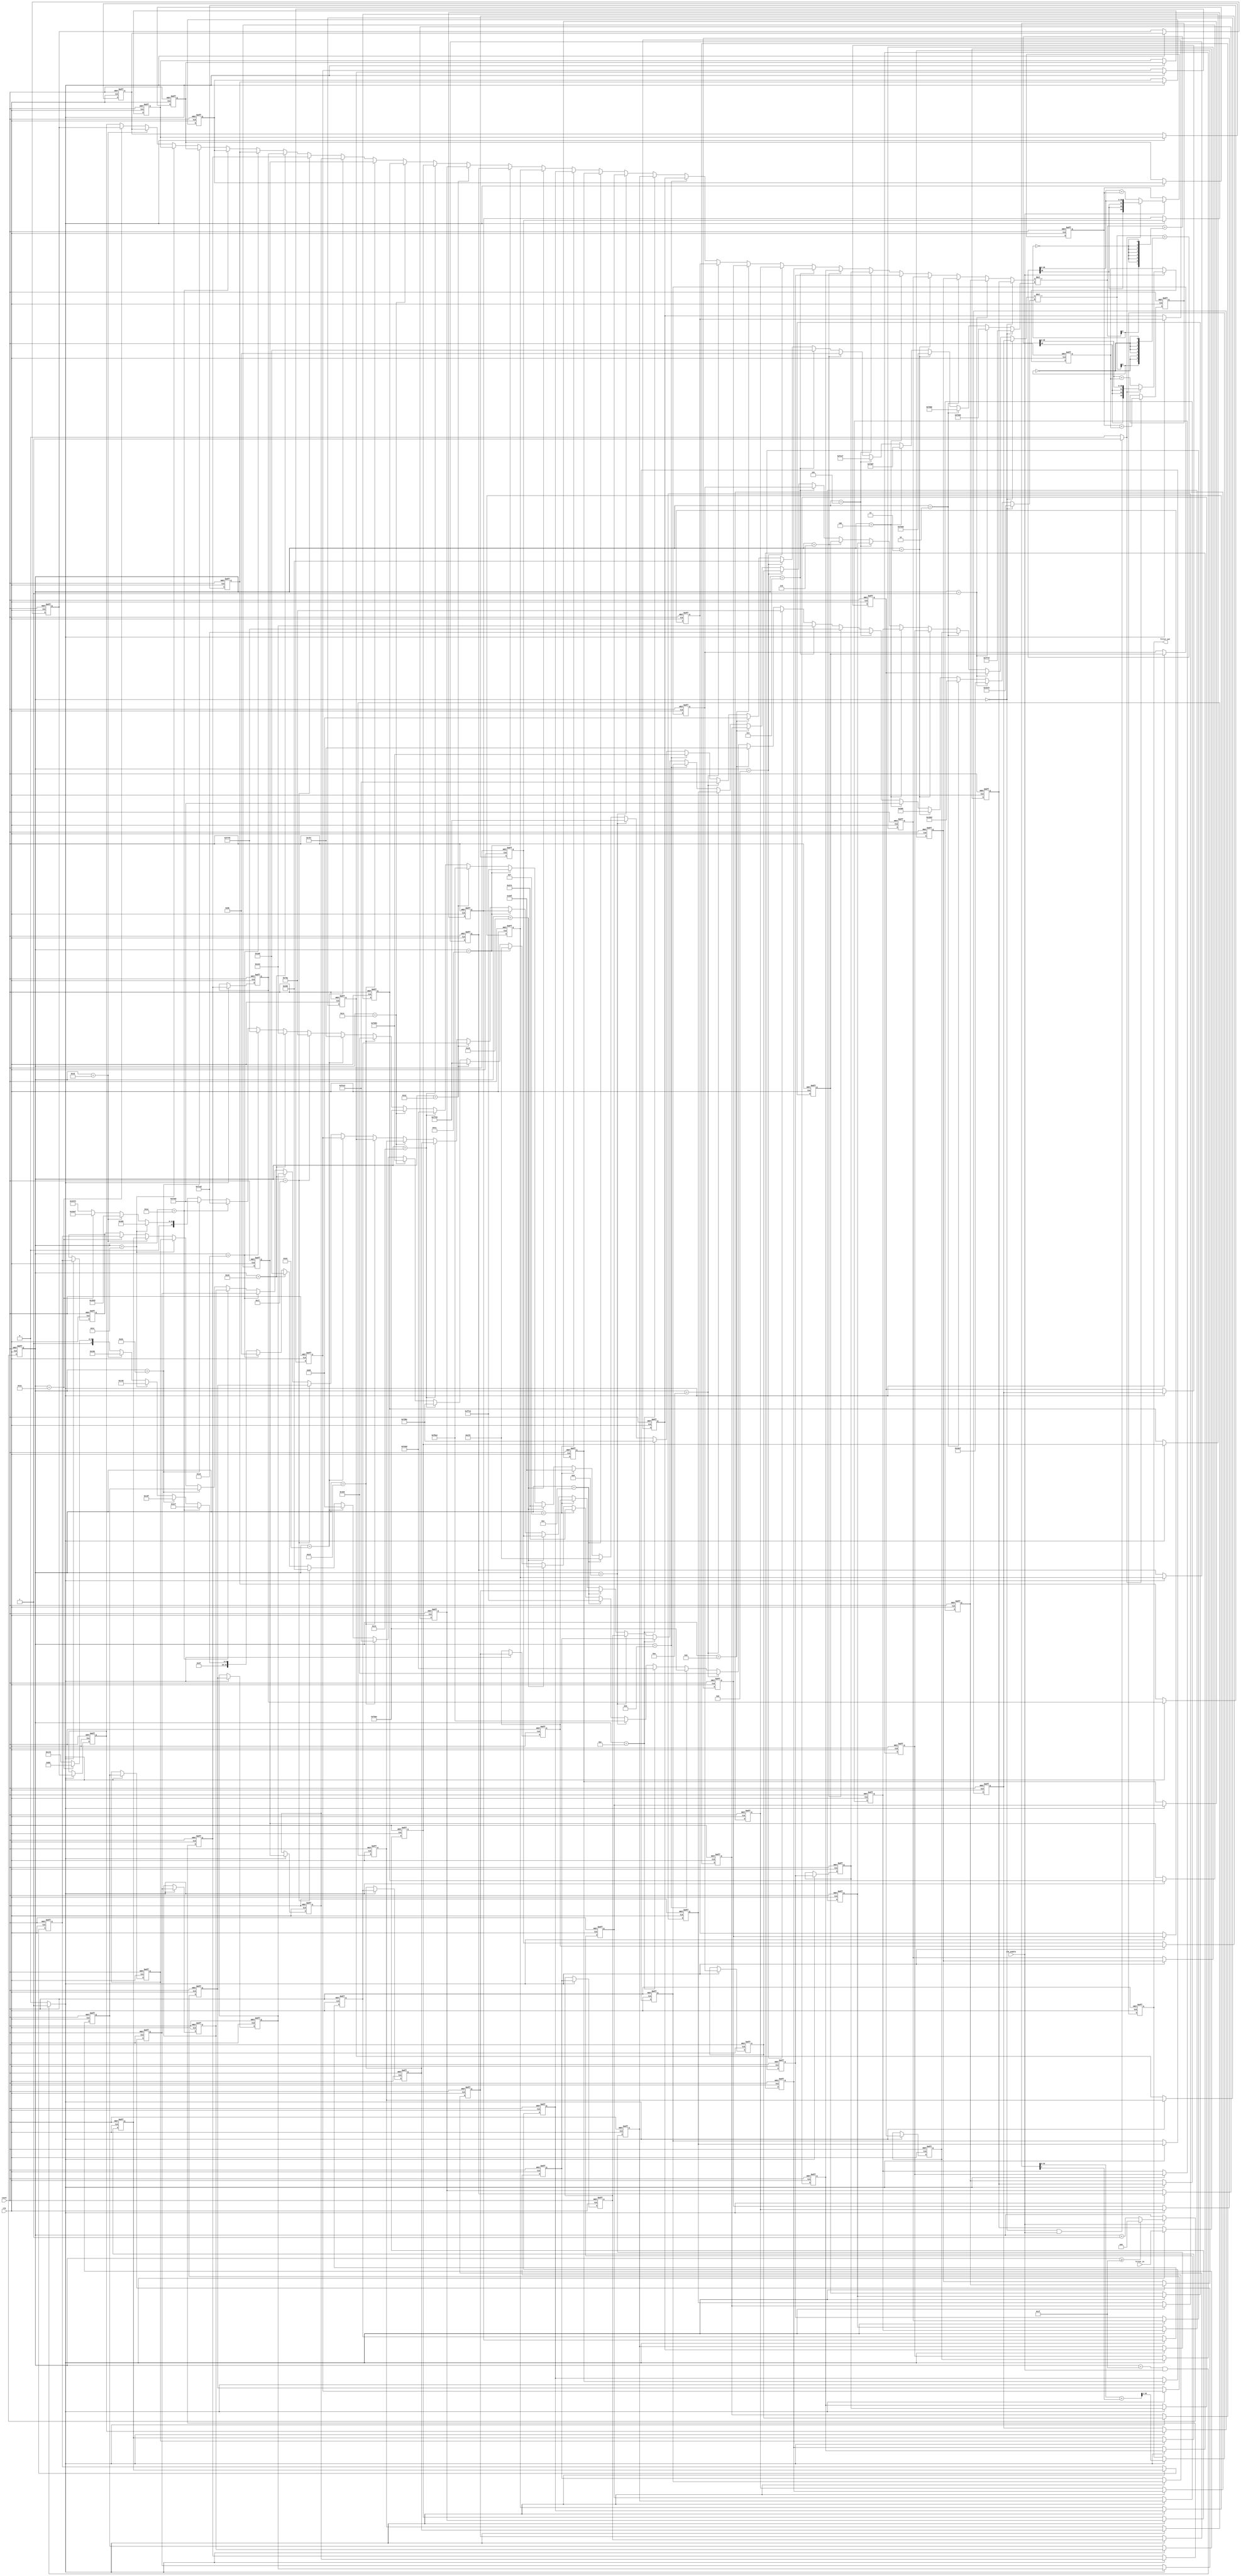
// -------------------------------------------------------------
//
// Module: filter
// Generated by MATLAB(R) 9.5 and Filter Design HDL Coder 3.1.4.
// Generated on: 2022-11-29 16:48:32
// -------------------------------------------------------------

// -------------------------------------------------------------
// HDL Code Generation Options:
//
// TargetDirectory: FIR_Filter_partly_Serial_FPGA_Lab3
// SerialPartition: [32  32]
// TargetLanguage: Verilog
// TestBenchStimulus: 
// TestBenchUserStimulus:  User data, length 240745
// ErrorMargin: 0

// -------------------------------------------------------------
// HDL Implementation    : Partly Serial
// Folding Factor        : 32
// -------------------------------------------------------------
// Filter Settings:
//
// Discrete-Time FIR Filter (real)
// -------------------------------
// Filter Structure  : Direct-Form FIR
// Filter Length     : 64
// Stable            : Yes
// Linear Phase      : Yes (Type 2)
// Arithmetic        : fixed
// Numerator         : s16,16 -> [-5.000000e-01 5.000000e-01)
// Input             : s24,23 -> [-1 1)
// Filter Internals  : Specify Precision
//   Output          : s32,30 -> [-2 2)
//   Product         : s31,31 -> [-5.000000e-01 5.000000e-01)
//   Accumulator     : s34,31 -> [-4 4)
//   Round Mode      : convergent
//   Overflow Mode   : wrap
// -------------------------------------------------------------




`timescale 1 ns / 1 ns

module filter
               (
                clk,
                clk_enable,
                reset,
                filter_in,
                filter_out
                );

  input   clk; 
  input   clk_enable; 
  input   reset; 
  input   signed [23:0] filter_in; //sfix24_En23
  output  signed [31:0] filter_out; //sfix32_En30

////////////////////////////////////////////////////////////////
//Module Architecture: filter
////////////////////////////////////////////////////////////////
  // Local Functions
  // Type Definitions
  // Constants
  parameter signed [15:0] coeff1 = 16'b1111111101111101; //sfix16_En16
  parameter signed [15:0] coeff2 = 16'b1111111010110101; //sfix16_En16
  parameter signed [15:0] coeff3 = 16'b1111110111011110; //sfix16_En16
  parameter signed [15:0] coeff4 = 16'b1111110101001101; //sfix16_En16
  parameter signed [15:0] coeff5 = 16'b1111110110011111; //sfix16_En16
  parameter signed [15:0] coeff6 = 16'b1111111011001111; //sfix16_En16
  parameter signed [15:0] coeff7 = 16'b0000000010001011; //sfix16_En16
  parameter signed [15:0] coeff8 = 16'b0000000111011001; //sfix16_En16
  parameter signed [15:0] coeff9 = 16'b0000001000000000; //sfix16_En16
  parameter signed [15:0] coeff10 = 16'b0000000010110101; //sfix16_En16
  parameter signed [15:0] coeff11 = 16'b1111111011000010; //sfix16_En16
  parameter signed [15:0] coeff12 = 16'b1111110101100011; //sfix16_En16
  parameter signed [15:0] coeff13 = 16'b1111110110111110; //sfix16_En16
  parameter signed [15:0] coeff14 = 16'b1111111111010011; //sfix16_En16
  parameter signed [15:0] coeff15 = 16'b0000001001110101; //sfix16_En16
  parameter signed [15:0] coeff16 = 16'b0000001110111111; //sfix16_En16
  parameter signed [15:0] coeff17 = 16'b0000001001111110; //sfix16_En16
  parameter signed [15:0] coeff18 = 16'b1111111100010011; //sfix16_En16
  parameter signed [15:0] coeff19 = 16'b1111101110100011; //sfix16_En16
  parameter signed [15:0] coeff20 = 16'b1111101010111101; //sfix16_En16
  parameter signed [15:0] coeff21 = 16'b1111110110101110; //sfix16_En16
  parameter signed [15:0] coeff22 = 16'b0000001100100000; //sfix16_En16
  parameter signed [15:0] coeff23 = 16'b0000011110010111; //sfix16_En16
  parameter signed [15:0] coeff24 = 16'b0000011101011010; //sfix16_En16
  parameter signed [15:0] coeff25 = 16'b0000000100110100; //sfix16_En16
  parameter signed [15:0] coeff26 = 16'b1111011111110000; //sfix16_En16
  parameter signed [15:0] coeff27 = 16'b1111000110100010; //sfix16_En16
  parameter signed [15:0] coeff28 = 16'b1111010010010011; //sfix16_En16
  parameter signed [15:0] coeff29 = 16'b0000001110000110; //sfix16_En16
  parameter signed [15:0] coeff30 = 16'b0001101101100010; //sfix16_En16
  parameter signed [15:0] coeff31 = 16'b0011001111101111; //sfix16_En16
  parameter signed [15:0] coeff32 = 16'b0100001101110101; //sfix16_En16
  parameter signed [15:0] coeff33 = 16'b0100001101110101; //sfix16_En16
  parameter signed [15:0] coeff34 = 16'b0011001111101111; //sfix16_En16
  parameter signed [15:0] coeff35 = 16'b0001101101100010; //sfix16_En16
  parameter signed [15:0] coeff36 = 16'b0000001110000110; //sfix16_En16
  parameter signed [15:0] coeff37 = 16'b1111010010010011; //sfix16_En16
  parameter signed [15:0] coeff38 = 16'b1111000110100010; //sfix16_En16
  parameter signed [15:0] coeff39 = 16'b1111011111110000; //sfix16_En16
  parameter signed [15:0] coeff40 = 16'b0000000100110100; //sfix16_En16
  parameter signed [15:0] coeff41 = 16'b0000011101011010; //sfix16_En16
  parameter signed [15:0] coeff42 = 16'b0000011110010111; //sfix16_En16
  parameter signed [15:0] coeff43 = 16'b0000001100100000; //sfix16_En16
  parameter signed [15:0] coeff44 = 16'b1111110110101110; //sfix16_En16
  parameter signed [15:0] coeff45 = 16'b1111101010111101; //sfix16_En16
  parameter signed [15:0] coeff46 = 16'b1111101110100011; //sfix16_En16
  parameter signed [15:0] coeff47 = 16'b1111111100010011; //sfix16_En16
  parameter signed [15:0] coeff48 = 16'b0000001001111110; //sfix16_En16
  parameter signed [15:0] coeff49 = 16'b0000001110111111; //sfix16_En16
  parameter signed [15:0] coeff50 = 16'b0000001001110101; //sfix16_En16
  parameter signed [15:0] coeff51 = 16'b1111111111010011; //sfix16_En16
  parameter signed [15:0] coeff52 = 16'b1111110110111110; //sfix16_En16
  parameter signed [15:0] coeff53 = 16'b1111110101100011; //sfix16_En16
  parameter signed [15:0] coeff54 = 16'b1111111011000010; //sfix16_En16
  parameter signed [15:0] coeff55 = 16'b0000000010110101; //sfix16_En16
  parameter signed [15:0] coeff56 = 16'b0000001000000000; //sfix16_En16
  parameter signed [15:0] coeff57 = 16'b0000000111011001; //sfix16_En16
  parameter signed [15:0] coeff58 = 16'b0000000010001011; //sfix16_En16
  parameter signed [15:0] coeff59 = 16'b1111111011001111; //sfix16_En16
  parameter signed [15:0] coeff60 = 16'b1111110110011111; //sfix16_En16
  parameter signed [15:0] coeff61 = 16'b1111110101001101; //sfix16_En16
  parameter signed [15:0] coeff62 = 16'b1111110111011110; //sfix16_En16
  parameter signed [15:0] coeff63 = 16'b1111111010110101; //sfix16_En16
  parameter signed [15:0] coeff64 = 16'b1111111101111101; //sfix16_En16

  // Signals
  reg  [4:0] cur_count; // ufix5
  wire phase_31; // boolean
  wire phase_0; // boolean
  reg  signed [23:0] delay_pipeline [0:63] ; // sfix24_En23
  wire signed [23:0] inputmux_1; // sfix24_En23
  wire signed [23:0] inputmux_2; // sfix24_En23
  reg  signed [33:0] acc_final; // sfix34_En31
  reg  signed [33:0] acc_out_1; // sfix34_En31
  wire signed [30:0] product_1; // sfix31_En31
  wire signed [15:0] product_1_mux; // sfix16_En16
  wire signed [39:0] mul_temp; // sfix40_En39
  wire signed [33:0] prod_typeconvert_1; // sfix34_En31
  wire signed [33:0] acc_sum_1; // sfix34_En31
  wire signed [33:0] acc_in_1; // sfix34_En31
  wire signed [33:0] add_signext; // sfix34_En31
  wire signed [33:0] add_signext_1; // sfix34_En31
  wire signed [34:0] add_temp; // sfix35_En31
  reg  signed [33:0] acc_out_2; // sfix34_En31
  wire signed [30:0] product_2; // sfix31_En31
  wire signed [15:0] product_2_mux; // sfix16_En16
  wire signed [39:0] mul_temp_1; // sfix40_En39
  wire signed [33:0] prod_typeconvert_2; // sfix34_En31
  wire signed [33:0] acc_sum_2; // sfix34_En31
  wire signed [33:0] acc_in_2; // sfix34_En31
  wire signed [33:0] add_signext_2; // sfix34_En31
  wire signed [33:0] add_signext_3; // sfix34_En31
  wire signed [34:0] add_temp_1; // sfix35_En31
  wire signed [33:0] sum1; // sfix34_En31
  wire signed [33:0] add_signext_4; // sfix34_En31
  wire signed [33:0] add_signext_5; // sfix34_En31
  wire signed [34:0] add_temp_2; // sfix35_En31
  wire signed [31:0] output_typeconvert; // sfix32_En30
  reg  signed [31:0] output_register; // sfix32_En30

  // Block Statements
  always @ (posedge clk or posedge reset)
    begin: Counter_process
      if (reset == 1'b1) begin
        cur_count <= 5'b11111;
      end
      else begin
        if (clk_enable == 1'b1) begin
          if (cur_count >= 5'b11111) begin
            cur_count <= 5'b00000;
          end
          else begin
            cur_count <= cur_count + 5'b00001;
          end
        end
      end
    end // Counter_process

  assign  phase_31 = (cur_count == 5'b11111 && clk_enable == 1'b1) ? 1'b1 : 1'b0;

  assign  phase_0 = (cur_count == 5'b00000 && clk_enable == 1'b1) ? 1'b1 : 1'b0;

  always @( posedge clk or posedge reset)
    begin: Delay_Pipeline_process
      if (reset == 1'b1) begin
        delay_pipeline[0] <= 0;
        delay_pipeline[1] <= 0;
        delay_pipeline[2] <= 0;
        delay_pipeline[3] <= 0;
        delay_pipeline[4] <= 0;
        delay_pipeline[5] <= 0;
        delay_pipeline[6] <= 0;
        delay_pipeline[7] <= 0;
        delay_pipeline[8] <= 0;
        delay_pipeline[9] <= 0;
        delay_pipeline[10] <= 0;
        delay_pipeline[11] <= 0;
        delay_pipeline[12] <= 0;
        delay_pipeline[13] <= 0;
        delay_pipeline[14] <= 0;
        delay_pipeline[15] <= 0;
        delay_pipeline[16] <= 0;
        delay_pipeline[17] <= 0;
        delay_pipeline[18] <= 0;
        delay_pipeline[19] <= 0;
        delay_pipeline[20] <= 0;
        delay_pipeline[21] <= 0;
        delay_pipeline[22] <= 0;
        delay_pipeline[23] <= 0;
        delay_pipeline[24] <= 0;
        delay_pipeline[25] <= 0;
        delay_pipeline[26] <= 0;
        delay_pipeline[27] <= 0;
        delay_pipeline[28] <= 0;
        delay_pipeline[29] <= 0;
        delay_pipeline[30] <= 0;
        delay_pipeline[31] <= 0;
        delay_pipeline[32] <= 0;
        delay_pipeline[33] <= 0;
        delay_pipeline[34] <= 0;
        delay_pipeline[35] <= 0;
        delay_pipeline[36] <= 0;
        delay_pipeline[37] <= 0;
        delay_pipeline[38] <= 0;
        delay_pipeline[39] <= 0;
        delay_pipeline[40] <= 0;
        delay_pipeline[41] <= 0;
        delay_pipeline[42] <= 0;
        delay_pipeline[43] <= 0;
        delay_pipeline[44] <= 0;
        delay_pipeline[45] <= 0;
        delay_pipeline[46] <= 0;
        delay_pipeline[47] <= 0;
        delay_pipeline[48] <= 0;
        delay_pipeline[49] <= 0;
        delay_pipeline[50] <= 0;
        delay_pipeline[51] <= 0;
        delay_pipeline[52] <= 0;
        delay_pipeline[53] <= 0;
        delay_pipeline[54] <= 0;
        delay_pipeline[55] <= 0;
        delay_pipeline[56] <= 0;
        delay_pipeline[57] <= 0;
        delay_pipeline[58] <= 0;
        delay_pipeline[59] <= 0;
        delay_pipeline[60] <= 0;
        delay_pipeline[61] <= 0;
        delay_pipeline[62] <= 0;
        delay_pipeline[63] <= 0;
      end
      else begin
        if (phase_31 == 1'b1) begin
          delay_pipeline[0] <= filter_in;
          delay_pipeline[1] <= delay_pipeline[0];
          delay_pipeline[2] <= delay_pipeline[1];
          delay_pipeline[3] <= delay_pipeline[2];
          delay_pipeline[4] <= delay_pipeline[3];
          delay_pipeline[5] <= delay_pipeline[4];
          delay_pipeline[6] <= delay_pipeline[5];
          delay_pipeline[7] <= delay_pipeline[6];
          delay_pipeline[8] <= delay_pipeline[7];
          delay_pipeline[9] <= delay_pipeline[8];
          delay_pipeline[10] <= delay_pipeline[9];
          delay_pipeline[11] <= delay_pipeline[10];
          delay_pipeline[12] <= delay_pipeline[11];
          delay_pipeline[13] <= delay_pipeline[12];
          delay_pipeline[14] <= delay_pipeline[13];
          delay_pipeline[15] <= delay_pipeline[14];
          delay_pipeline[16] <= delay_pipeline[15];
          delay_pipeline[17] <= delay_pipeline[16];
          delay_pipeline[18] <= delay_pipeline[17];
          delay_pipeline[19] <= delay_pipeline[18];
          delay_pipeline[20] <= delay_pipeline[19];
          delay_pipeline[21] <= delay_pipeline[20];
          delay_pipeline[22] <= delay_pipeline[21];
          delay_pipeline[23] <= delay_pipeline[22];
          delay_pipeline[24] <= delay_pipeline[23];
          delay_pipeline[25] <= delay_pipeline[24];
          delay_pipeline[26] <= delay_pipeline[25];
          delay_pipeline[27] <= delay_pipeline[26];
          delay_pipeline[28] <= delay_pipeline[27];
          delay_pipeline[29] <= delay_pipeline[28];
          delay_pipeline[30] <= delay_pipeline[29];
          delay_pipeline[31] <= delay_pipeline[30];
          delay_pipeline[32] <= delay_pipeline[31];
          delay_pipeline[33] <= delay_pipeline[32];
          delay_pipeline[34] <= delay_pipeline[33];
          delay_pipeline[35] <= delay_pipeline[34];
          delay_pipeline[36] <= delay_pipeline[35];
          delay_pipeline[37] <= delay_pipeline[36];
          delay_pipeline[38] <= delay_pipeline[37];
          delay_pipeline[39] <= delay_pipeline[38];
          delay_pipeline[40] <= delay_pipeline[39];
          delay_pipeline[41] <= delay_pipeline[40];
          delay_pipeline[42] <= delay_pipeline[41];
          delay_pipeline[43] <= delay_pipeline[42];
          delay_pipeline[44] <= delay_pipeline[43];
          delay_pipeline[45] <= delay_pipeline[44];
          delay_pipeline[46] <= delay_pipeline[45];
          delay_pipeline[47] <= delay_pipeline[46];
          delay_pipeline[48] <= delay_pipeline[47];
          delay_pipeline[49] <= delay_pipeline[48];
          delay_pipeline[50] <= delay_pipeline[49];
          delay_pipeline[51] <= delay_pipeline[50];
          delay_pipeline[52] <= delay_pipeline[51];
          delay_pipeline[53] <= delay_pipeline[52];
          delay_pipeline[54] <= delay_pipeline[53];
          delay_pipeline[55] <= delay_pipeline[54];
          delay_pipeline[56] <= delay_pipeline[55];
          delay_pipeline[57] <= delay_pipeline[56];
          delay_pipeline[58] <= delay_pipeline[57];
          delay_pipeline[59] <= delay_pipeline[58];
          delay_pipeline[60] <= delay_pipeline[59];
          delay_pipeline[61] <= delay_pipeline[60];
          delay_pipeline[62] <= delay_pipeline[61];
          delay_pipeline[63] <= delay_pipeline[62];
        end
      end
    end // Delay_Pipeline_process


  assign inputmux_1 = (cur_count == 5'b00000) ? delay_pipeline[0] :
                     (cur_count == 5'b00001) ? delay_pipeline[1] :
                     (cur_count == 5'b00010) ? delay_pipeline[2] :
                     (cur_count == 5'b00011) ? delay_pipeline[3] :
                     (cur_count == 5'b00100) ? delay_pipeline[4] :
                     (cur_count == 5'b00101) ? delay_pipeline[5] :
                     (cur_count == 5'b00110) ? delay_pipeline[6] :
                     (cur_count == 5'b00111) ? delay_pipeline[7] :
                     (cur_count == 5'b01000) ? delay_pipeline[8] :
                     (cur_count == 5'b01001) ? delay_pipeline[9] :
                     (cur_count == 5'b01010) ? delay_pipeline[10] :
                     (cur_count == 5'b01011) ? delay_pipeline[11] :
                     (cur_count == 5'b01100) ? delay_pipeline[12] :
                     (cur_count == 5'b01101) ? delay_pipeline[13] :
                     (cur_count == 5'b01110) ? delay_pipeline[14] :
                     (cur_count == 5'b01111) ? delay_pipeline[15] :
                     (cur_count == 5'b10000) ? delay_pipeline[16] :
                     (cur_count == 5'b10001) ? delay_pipeline[17] :
                     (cur_count == 5'b10010) ? delay_pipeline[18] :
                     (cur_count == 5'b10011) ? delay_pipeline[19] :
                     (cur_count == 5'b10100) ? delay_pipeline[20] :
                     (cur_count == 5'b10101) ? delay_pipeline[21] :
                     (cur_count == 5'b10110) ? delay_pipeline[22] :
                     (cur_count == 5'b10111) ? delay_pipeline[23] :
                     (cur_count == 5'b11000) ? delay_pipeline[24] :
                     (cur_count == 5'b11001) ? delay_pipeline[25] :
                     (cur_count == 5'b11010) ? delay_pipeline[26] :
                     (cur_count == 5'b11011) ? delay_pipeline[27] :
                     (cur_count == 5'b11100) ? delay_pipeline[28] :
                     (cur_count == 5'b11101) ? delay_pipeline[29] :
                     (cur_count == 5'b11110) ? delay_pipeline[30] :
                     delay_pipeline[31];

  assign inputmux_2 = (cur_count == 5'b00000) ? delay_pipeline[32] :
                     (cur_count == 5'b00001) ? delay_pipeline[33] :
                     (cur_count == 5'b00010) ? delay_pipeline[34] :
                     (cur_count == 5'b00011) ? delay_pipeline[35] :
                     (cur_count == 5'b00100) ? delay_pipeline[36] :
                     (cur_count == 5'b00101) ? delay_pipeline[37] :
                     (cur_count == 5'b00110) ? delay_pipeline[38] :
                     (cur_count == 5'b00111) ? delay_pipeline[39] :
                     (cur_count == 5'b01000) ? delay_pipeline[40] :
                     (cur_count == 5'b01001) ? delay_pipeline[41] :
                     (cur_count == 5'b01010) ? delay_pipeline[42] :
                     (cur_count == 5'b01011) ? delay_pipeline[43] :
                     (cur_count == 5'b01100) ? delay_pipeline[44] :
                     (cur_count == 5'b01101) ? delay_pipeline[45] :
                     (cur_count == 5'b01110) ? delay_pipeline[46] :
                     (cur_count == 5'b01111) ? delay_pipeline[47] :
                     (cur_count == 5'b10000) ? delay_pipeline[48] :
                     (cur_count == 5'b10001) ? delay_pipeline[49] :
                     (cur_count == 5'b10010) ? delay_pipeline[50] :
                     (cur_count == 5'b10011) ? delay_pipeline[51] :
                     (cur_count == 5'b10100) ? delay_pipeline[52] :
                     (cur_count == 5'b10101) ? delay_pipeline[53] :
                     (cur_count == 5'b10110) ? delay_pipeline[54] :
                     (cur_count == 5'b10111) ? delay_pipeline[55] :
                     (cur_count == 5'b11000) ? delay_pipeline[56] :
                     (cur_count == 5'b11001) ? delay_pipeline[57] :
                     (cur_count == 5'b11010) ? delay_pipeline[58] :
                     (cur_count == 5'b11011) ? delay_pipeline[59] :
                     (cur_count == 5'b11100) ? delay_pipeline[60] :
                     (cur_count == 5'b11101) ? delay_pipeline[61] :
                     (cur_count == 5'b11110) ? delay_pipeline[62] :
                     delay_pipeline[63];

  //   ------------------ Serial partition # 1 ------------------

  assign product_1_mux = (cur_count == 5'b00000) ? coeff1 :
                        (cur_count == 5'b00001) ? coeff2 :
                        (cur_count == 5'b00010) ? coeff3 :
                        (cur_count == 5'b00011) ? coeff4 :
                        (cur_count == 5'b00100) ? coeff5 :
                        (cur_count == 5'b00101) ? coeff6 :
                        (cur_count == 5'b00110) ? coeff7 :
                        (cur_count == 5'b00111) ? coeff8 :
                        (cur_count == 5'b01000) ? coeff9 :
                        (cur_count == 5'b01001) ? coeff10 :
                        (cur_count == 5'b01010) ? coeff11 :
                        (cur_count == 5'b01011) ? coeff12 :
                        (cur_count == 5'b01100) ? coeff13 :
                        (cur_count == 5'b01101) ? coeff14 :
                        (cur_count == 5'b01110) ? coeff15 :
                        (cur_count == 5'b01111) ? coeff16 :
                        (cur_count == 5'b10000) ? coeff17 :
                        (cur_count == 5'b10001) ? coeff18 :
                        (cur_count == 5'b10010) ? coeff19 :
                        (cur_count == 5'b10011) ? coeff20 :
                        (cur_count == 5'b10100) ? coeff21 :
                        (cur_count == 5'b10101) ? coeff22 :
                        (cur_count == 5'b10110) ? coeff23 :
                        (cur_count == 5'b10111) ? coeff24 :
                        (cur_count == 5'b11000) ? coeff25 :
                        (cur_count == 5'b11001) ? coeff26 :
                        (cur_count == 5'b11010) ? coeff27 :
                        (cur_count == 5'b11011) ? coeff28 :
                        (cur_count == 5'b11100) ? coeff29 :
                        (cur_count == 5'b11101) ? coeff30 :
                        (cur_count == 5'b11110) ? coeff31 :
                        coeff32;
  assign mul_temp = inputmux_1 * product_1_mux;
  assign product_1 = (mul_temp[38:0] + {mul_temp[8], {7{~mul_temp[8]}}})>>>8;

  assign prod_typeconvert_1 = $signed({{3{product_1[30]}}, product_1});

  assign add_signext = prod_typeconvert_1;
  assign add_signext_1 = acc_out_1;
  assign add_temp = add_signext + add_signext_1;
  assign acc_sum_1 = add_temp[33:0];

  assign acc_in_1 = (phase_0 == 1'b1) ? prod_typeconvert_1 :
                   acc_sum_1;

  always @ (posedge clk or posedge reset)
    begin: Acc_reg_1_process
      if (reset == 1'b1) begin
        acc_out_1 <= 0;
      end
      else begin
        if (clk_enable == 1'b1) begin
          acc_out_1 <= acc_in_1;
        end
      end
    end // Acc_reg_1_process

  //   ------------------ Serial partition # 2 ------------------

  assign product_2_mux = (cur_count == 5'b00000) ? coeff33 :
                        (cur_count == 5'b00001) ? coeff34 :
                        (cur_count == 5'b00010) ? coeff35 :
                        (cur_count == 5'b00011) ? coeff36 :
                        (cur_count == 5'b00100) ? coeff37 :
                        (cur_count == 5'b00101) ? coeff38 :
                        (cur_count == 5'b00110) ? coeff39 :
                        (cur_count == 5'b00111) ? coeff40 :
                        (cur_count == 5'b01000) ? coeff41 :
                        (cur_count == 5'b01001) ? coeff42 :
                        (cur_count == 5'b01010) ? coeff43 :
                        (cur_count == 5'b01011) ? coeff44 :
                        (cur_count == 5'b01100) ? coeff45 :
                        (cur_count == 5'b01101) ? coeff46 :
                        (cur_count == 5'b01110) ? coeff47 :
                        (cur_count == 5'b01111) ? coeff48 :
                        (cur_count == 5'b10000) ? coeff49 :
                        (cur_count == 5'b10001) ? coeff50 :
                        (cur_count == 5'b10010) ? coeff51 :
                        (cur_count == 5'b10011) ? coeff52 :
                        (cur_count == 5'b10100) ? coeff53 :
                        (cur_count == 5'b10101) ? coeff54 :
                        (cur_count == 5'b10110) ? coeff55 :
                        (cur_count == 5'b10111) ? coeff56 :
                        (cur_count == 5'b11000) ? coeff57 :
                        (cur_count == 5'b11001) ? coeff58 :
                        (cur_count == 5'b11010) ? coeff59 :
                        (cur_count == 5'b11011) ? coeff60 :
                        (cur_count == 5'b11100) ? coeff61 :
                        (cur_count == 5'b11101) ? coeff62 :
                        (cur_count == 5'b11110) ? coeff63 :
                        coeff64;
  assign mul_temp_1 = inputmux_2 * product_2_mux;
  assign product_2 = (mul_temp_1[38:0] + {mul_temp_1[8], {7{~mul_temp_1[8]}}})>>>8;

  assign prod_typeconvert_2 = $signed({{3{product_2[30]}}, product_2});

  assign add_signext_2 = prod_typeconvert_2;
  assign add_signext_3 = acc_out_2;
  assign add_temp_1 = add_signext_2 + add_signext_3;
  assign acc_sum_2 = add_temp_1[33:0];

  assign acc_in_2 = (phase_0 == 1'b1) ? prod_typeconvert_2 :
                   acc_sum_2;

  always @ (posedge clk or posedge reset)
    begin: Acc_reg_2_process
      if (reset == 1'b1) begin
        acc_out_2 <= 0;
      end
      else begin
        if (clk_enable == 1'b1) begin
          acc_out_2 <= acc_in_2;
        end
      end
    end // Acc_reg_2_process

  assign add_signext_4 = acc_out_2;
  assign add_signext_5 = acc_out_1;
  assign add_temp_2 = add_signext_4 + add_signext_5;
  assign sum1 = add_temp_2[33:0];

  always @ (posedge clk or posedge reset)
    begin: Finalsum_reg_process
      if (reset == 1'b1) begin
        acc_final <= 0;
      end
      else begin
        if (phase_0 == 1'b1) begin
          acc_final <= sum1;
        end
      end
    end // Finalsum_reg_process

  assign output_typeconvert = (acc_final[32:0] + acc_final[1])>>>1;

  always @ (posedge clk or posedge reset)
    begin: Output_Register_process
      if (reset == 1'b1) begin
        output_register <= 0;
      end
      else begin
        if (phase_31 == 1'b1) begin
          output_register <= output_typeconvert;
        end
      end
    end // Output_Register_process

  // Assignment Statements
  assign filter_out = output_register;
endmodule  // filter